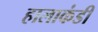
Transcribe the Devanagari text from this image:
हालाकंडी